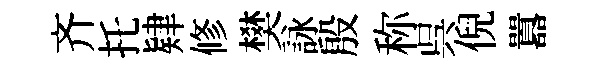
齐托肄修樊詠殷称呉倪囂